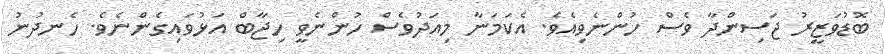
ބޮޑުވަޒީރު ޖަސިންދާ ވެސް ހުންނެވިއެވެ. އެކަމަނާ މިއަދުވެސް ހުންނެވީ ހިޖާބް އަޅުވައިގެންނެވެ. ހެނދުނު